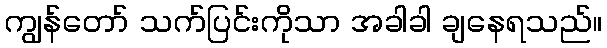
ကျွန်တော် သက်ပြင်းကိုသာ အခါခါ ချနေရသည်။